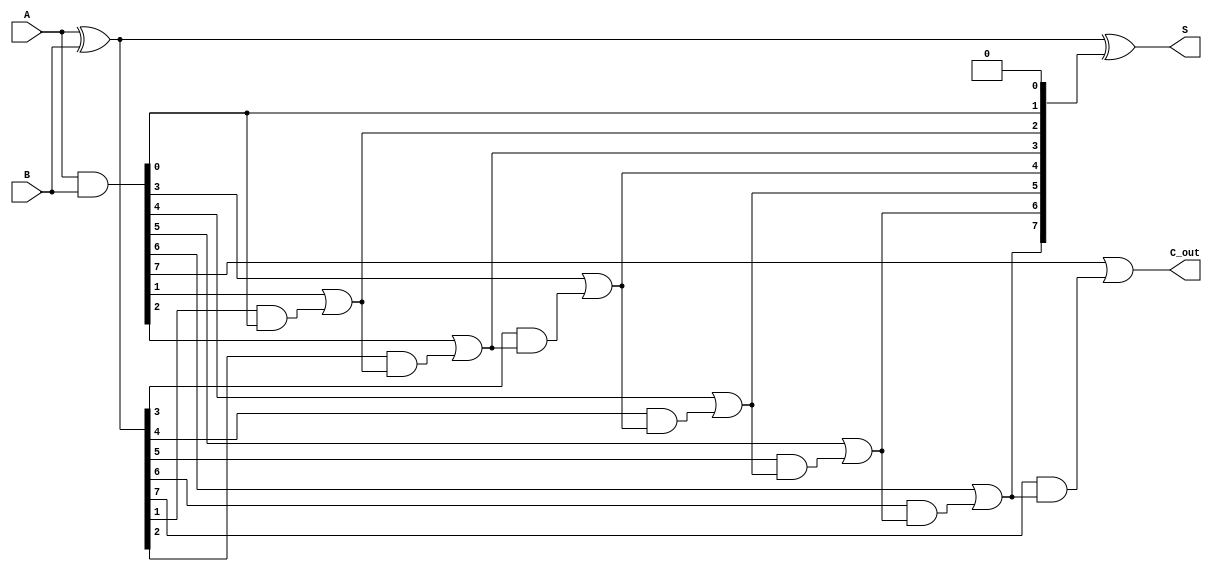
module KoggeStoneAdder #(
    parameter WIDTH = 8  // Width of the adder
)(
    input [WIDTH-1:0] A,  // First operand
    input [WIDTH-1:0] B,  // Second operand
    output [WIDTH-1:0] S,  // Sum output
    output C_out           // Carry out
);
    wire [WIDTH-1:0] G;    // Generate signals
    wire [WIDTH-1:0] P;    // Propagate signals
    wire [WIDTH:0] C;      // Carry signals (WIDTH+1 for carry out)

    // Generate and Propagate Stage
    assign G = A & B;       // Generate
    assign P = A ^ B;       // Propagate

    // Initial carry
    assign C[0] = 1'b0;     // C0 is always 0

    // Prefix computation stage
    genvar i, j;
    generate
        // Calculate carries using Kogge-Stone prefix logic
        for (i = 1; i <= WIDTH; i = i + 1) begin: carry_calc
            assign C[i] = G[i-1] | (P[i-1] & C[i-1]);
        end
    endgenerate

    // Sum computation stage
    assign S = P ^ C[WIDTH-1:0]; // Sum calculation
    assign C_out = C[WIDTH];      // Carry out

endmodule